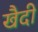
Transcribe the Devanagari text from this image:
खैदी